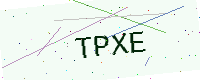
Text: TPXE